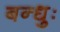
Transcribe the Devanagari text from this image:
बन्धुः